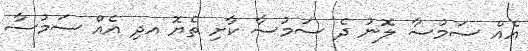
އެއް ސަމުސާ ލޮނު ދެ ސަމުސާ ކާށި ތެޔޮ އދި އެއް ސަމުސާ